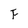
Character: F